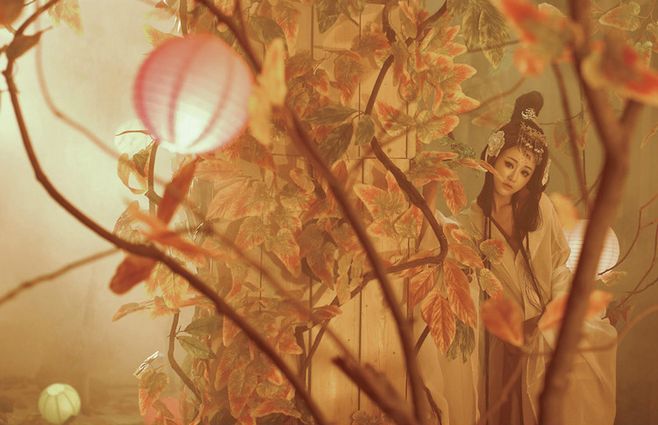
屈指数春来，弹指惊春去。